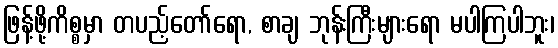
ဖြန့်ဖို့ကိစ္စမှာ တပည့်တော်ရော, စာချ ဘုန်းကြီးများရော မပါကြပါဘူး၊